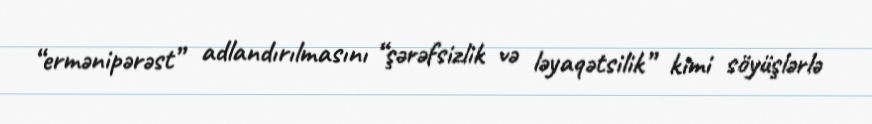
“ermənipərəst” adlandırılmasını “şərəfsizlik və ləyaqətsilik” kimi söyüşlərlə